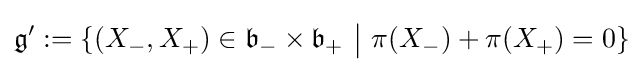
{\mathfrak {g'}}:=\{(X_{-},X_{+})\in {\mathfrak {b}}_{-}\times {\mathfrak {b}}_{+}\ {\bigl \vert }\ \pi (X_{-})+\pi (X_{+})=0\}